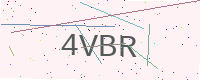
Text: 4VBR